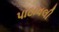
પાઠાવલી